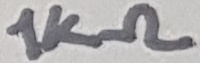
Text: 1KΩ